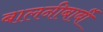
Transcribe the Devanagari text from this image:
बालनीबार्बी